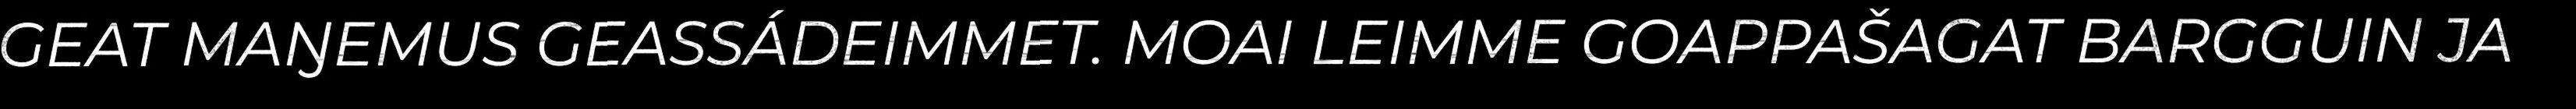
GEAT MAŊEMUS GEASSÁDEIMMET. MOAI LEIMME GOAPPAŠAGAT BARGGUIN JA